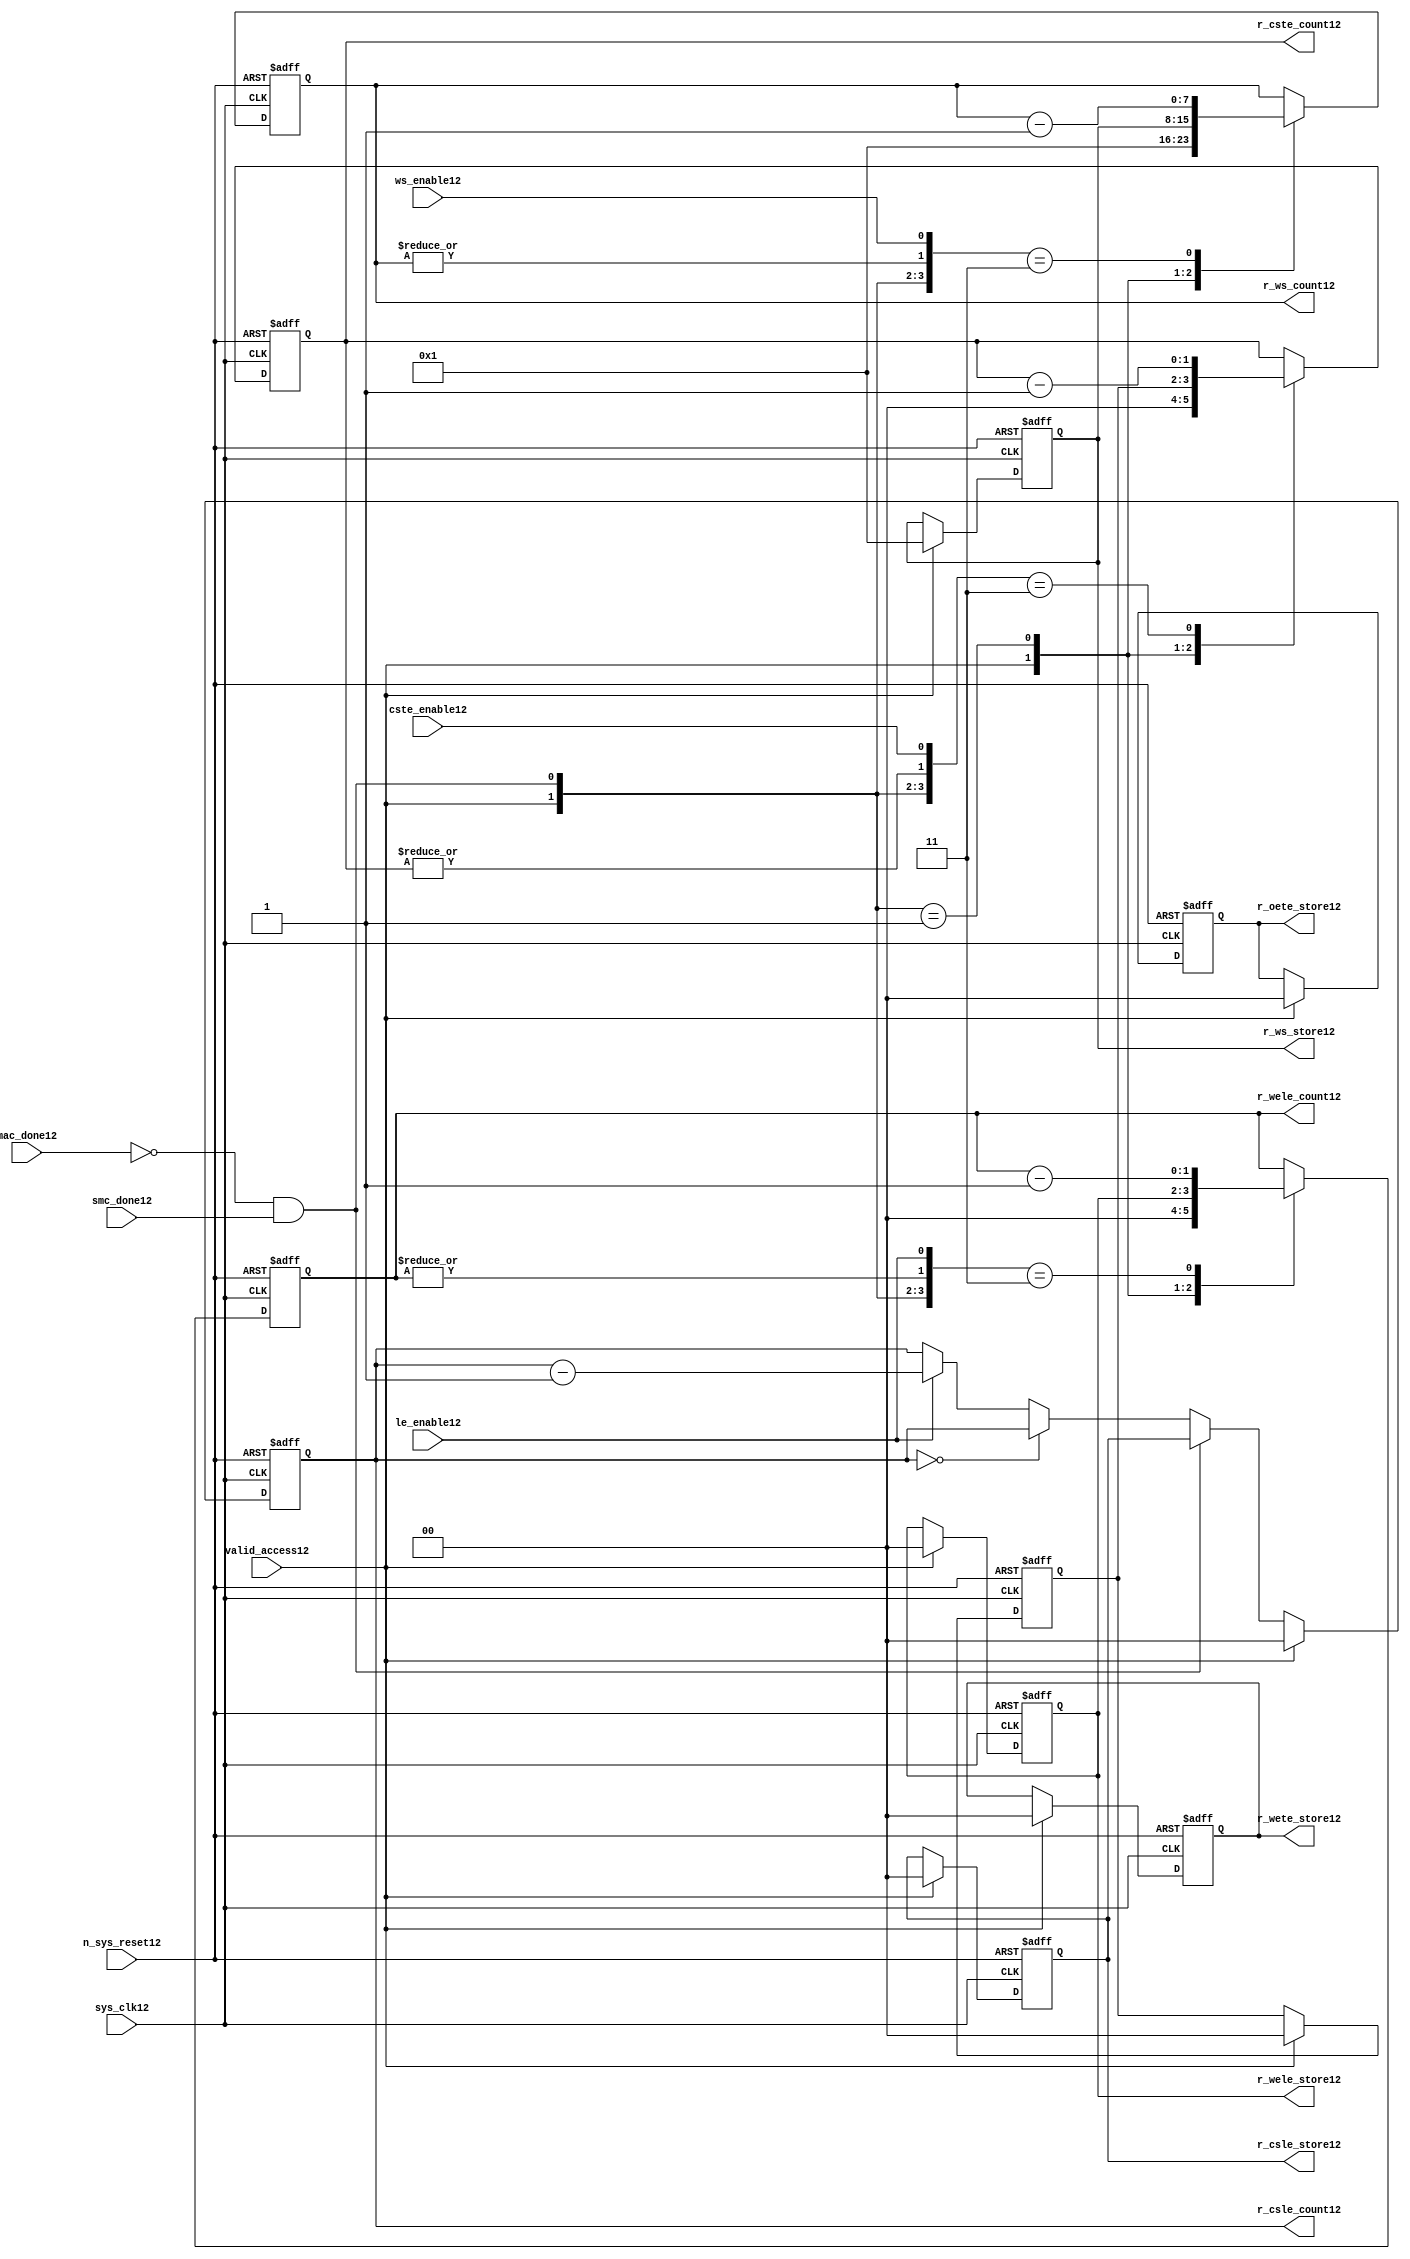
//File12 name   : smc_counter_lite12.v
//Title12       : 
//Created12     : 1999
//Description12 : Counter12 block.
//            : Static12 Memory Controller12.
//            : The counter block provides12 generates12 all cycle timings12
//            : The leading12 edge counts12 are individual12 2bit, loadable12,
//            : counters12. The wait state counter is a count down
//            : counter with a maximum size of 5 bits. The trailing12
//            : edge counts12 are registered for comparison12 with the
//            : wait state counter. The bus float12 (CSTE12) is a
//            : separate12 2bit counter. The initial count values are
//            : stored12 and reloaded12 into the counters12 if multiple
//            : accesses are required12.
//Notes12       : 
//----------------------------------------------------------------------
//   Copyright12 1999-2010 Cadence12 Design12 Systems12, Inc12.
//   All Rights12 Reserved12 Worldwide12
//
//   Licensed12 under the Apache12 License12, Version12 2.0 (the
//   "License12"); you may not use this file except12 in
//   compliance12 with the License12.  You may obtain12 a copy of
//   the License12 at
//
//       http12://www12.apache12.org12/licenses12/LICENSE12-2.0
//
//   Unless12 required12 by applicable12 law12 or agreed12 to in
//   writing, software12 distributed12 under the License12 is
//   distributed12 on an "AS12 IS12" BASIS12, WITHOUT12 WARRANTIES12 OR12
//   CONDITIONS12 OF12 ANY12 KIND12, either12 express12 or implied12.  See
//   the License12 for the specific12 language12 governing12
//   permissions12 and limitations12 under the License12.
//----------------------------------------------------------------------


module smc_counter_lite12  (
                     //inputs12

                     sys_clk12,
                     n_sys_reset12,
                     valid_access12,
                     mac_done12, 
                     smc_done12, 
                     cste_enable12, 
                     ws_enable12,
                     le_enable12, 

                     //outputs12

                     r_csle_count12,
                     r_wele_count12,
                     r_ws_count12,
                     r_ws_store12,
                     r_oete_store12,
                     r_wete_store12,
                     r_wele_store12,
                     r_cste_count12,
                     r_csle_store12);
   

//----------------------------------------------------------------------
// the Wait12 State12 Counter12
//----------------------------------------------------------------------
   
   
   // I12/O12
   
   input     sys_clk12;                  // AHB12 System12 clock12
   input     n_sys_reset12;              // AHB12 System12 reset (Active12 LOW12)
   
   input     valid_access12;             // load12 values are valid if high12
   input     mac_done12;                 // All cycles12 in a multiple access

   //  completed
   
   input                 smc_done12;   // one access completed
   input                 cste_enable12;// Enable12 CS12 Trailing12 Edge12 counter
   input                 ws_enable12;  // Enable12 Wait12 State12 counter
   input                 le_enable12;  // Enable12 all Leading12 Edge12 counters12
   
   // Counter12 outputs12
   
   output [1:0]             r_csle_count12;  //chip12 select12 leading12
                                             //  edge count
   output [1:0]             r_wele_count12;  //write strobe12 leading12 
                                             // edge count
   output [7:0] r_ws_count12;    //wait state count
   output [1:0]             r_cste_count12;  //chip12 select12 trailing12 
                                             // edge count
   
   // Stored12 counts12 for MAC12
   
   output [1:0]             r_oete_store12;  //read strobe12
   output [1:0]             r_wete_store12;  //write strobe12 trailing12 
                                              // edge store12
   output [7:0] r_ws_store12;    //wait state store12
   output [1:0]             r_wele_store12;  //write strobe12 leading12
                                             //  edge store12
   output [1:0]             r_csle_store12;  //chip12 select12  leading12
                                             //  edge store12
   
   
   // Counters12
   
   reg [1:0]             r_csle_count12;  // Chip12 select12 LE12 counter
   reg [1:0]             r_wele_count12;  // Write counter
   reg [7:0] r_ws_count12;    // Wait12 state select12 counter
   reg [1:0]             r_cste_count12;  // Chip12 select12 TE12 counter
   
   
   // These12 strobes12 finish early12 so no counter is required12. 
   // The stored12 value is compared with WS12 counter to determine12 
   // when the strobe12 should end.

   reg [1:0]    r_wete_store12;    // Write strobe12 TE12 end time before CS12
   reg [1:0]    r_oete_store12;    // Read strobe12 TE12 end time before CS12
   
   
   // The following12 four12 regisrers12 are used to store12 the configuration
   // during mulitple12 accesses. The counters12 are reloaded12 from these12
   // registers before each cycle.
   
   reg [1:0]             r_csle_store12;    // Chip12 select12 LE12 store12
   reg [1:0]             r_wele_store12;    // Write strobe12 LE12 store12
   reg [7:0] r_ws_store12;      // Wait12 state store12
   reg [1:0]             r_cste_store12;    // Chip12 Select12 TE12 delay
                                          //  (Bus12 float12 time)

   // wires12 used for meeting12 coding12 standards12
   
   wire         ws_count12;      //ORed12 r_ws_count12
   wire         wele_count12;    //ORed12 r_wele_count12
   wire         cste_count12;    //ORed12 r_cste_count12
   wire         mac_smc_done12;  //ANDed12 smc_done12 and not(mac_done12)
   wire [4:0]   case_cste12;     //concatenated12 signals12 for case statement12
   wire [4:0]   case_wele12;     //concatenated12 signals12 for case statement12
   wire [4:0]   case_ws12;       //concatenated12 signals12 for case statement12
   
   
   
   // Main12 Code12
   
//----------------------------------------------------------------------
// Counters12 (& Count12 Store12 for MAC12)
//----------------------------------------------------------------------


//----------------------------------------------------------------------
// WETE12 Store12
//----------------------------------------------------------------------

always @(posedge sys_clk12 or negedge n_sys_reset12)

begin   

   if (~(n_sys_reset12))
     
      r_wete_store12 <= 2'b00;
   
   
   else if (valid_access12)
     
      r_wete_store12 <= 2'b0;
   
   else
     
      r_wete_store12 <= r_wete_store12;

end
   
//----------------------------------------------------------------------
// OETE12 Store12
//----------------------------------------------------------------------

always @(posedge sys_clk12 or negedge n_sys_reset12)

begin   

   if (~(n_sys_reset12))
     
      r_oete_store12 <= 2'b00;
   
   
   else if (valid_access12)
     
      r_oete_store12 <= 2'b0;
   
   else

      r_oete_store12 <= r_oete_store12;

end
   
//----------------------------------------------------------------------
// CSLE12 Store12
//----------------------------------------------------------------------

always @(posedge sys_clk12 or negedge n_sys_reset12)

begin   

   if (~(n_sys_reset12))
     
      r_csle_store12 <= 2'b00;
   
   
   else if (valid_access12)
     
      r_csle_store12 <= 2'b00;
   
   else
     
      r_csle_store12 <= r_csle_store12;

end
   
//----------------------------------------------------------------------
// CSLE12 Counter12
//----------------------------------------------------------------------

always @(posedge sys_clk12 or negedge n_sys_reset12)

begin   

   if (~(n_sys_reset12))
     
      r_csle_count12 <= 2'b00;
   
   
   else
   begin
        
      if (valid_access12)
        
         r_csle_count12 <= 2'b00;
      
      else if (~(mac_done12) & smc_done12)
        
         r_csle_count12 <= r_csle_store12;
      
      else if (r_csle_count12 == 2'b00)
        
         r_csle_count12 <= r_csle_count12;
      
      else if (le_enable12)               
        
         r_csle_count12 <= r_csle_count12 - 2'd1;
      
      else
        
          r_csle_count12 <= r_csle_count12;
      
     end

end
   
   
//----------------------------------------------------------------------
// CSTE12 Store12
//----------------------------------------------------------------------

always @(posedge sys_clk12 or negedge n_sys_reset12)

begin   

   if (~(n_sys_reset12))

      r_cste_store12 <= 2'b00;

   else if (valid_access12)

      r_cste_store12 <= 2'b0;

   else

      r_cste_store12 <= r_cste_store12;

end
   
   
   
//----------------------------------------------------------------------
//concatenation12 of signals12 to avoid using nested12 ifs12
//----------------------------------------------------------------------

 assign mac_smc_done12 = (~(mac_done12) & smc_done12);
 assign cste_count12   = (|r_cste_count12);           //checks12 for count = 0
 assign case_cste12   = {1'b0,valid_access12,mac_smc_done12,cste_count12,
                       cste_enable12};
   
//----------------------------------------------------------------------
//CSTE12 COUNTER12
//----------------------------------------------------------------------

always @(posedge sys_clk12 or negedge n_sys_reset12)

begin   

   if (~(n_sys_reset12))

      r_cste_count12 <= 2'b00;

   else 
   begin
      casex(case_cste12)
           
        5'b1xxxx:        r_cste_count12 <= r_cste_count12;

        5'b01xxx:        r_cste_count12 <= 2'b0;

        5'b001xx:        r_cste_count12 <= r_cste_store12;

        5'b0000x:        r_cste_count12 <= r_cste_count12;

        5'b00011:        r_cste_count12 <= r_cste_count12 - 2'd1;

        default :        r_cste_count12 <= r_cste_count12;

      endcase // casex(w_cste_case12)
      
   end
   
end

//----------------------------------------------------------------------
// WELE12 Store12
//----------------------------------------------------------------------

always @(posedge sys_clk12 or negedge n_sys_reset12)

begin   

   if (~(n_sys_reset12))

      r_wele_store12 <= 2'b00;


   else if (valid_access12)

      r_wele_store12 <= 2'b00;

   else

      r_wele_store12 <= r_wele_store12;

end
   
   
   
//----------------------------------------------------------------------
//concatenation12 of signals12 to avoid using nested12 ifs12
//----------------------------------------------------------------------
   
   assign wele_count12   = (|r_wele_count12);         //checks12 for count = 0
   assign case_wele12   = {1'b0,valid_access12,mac_smc_done12,wele_count12,
                         le_enable12};
   
//----------------------------------------------------------------------
// WELE12 Counter12
//----------------------------------------------------------------------

always @(posedge sys_clk12 or negedge n_sys_reset12)

begin   
   if (~(n_sys_reset12))

      r_wele_count12 <= 2'b00;

   else
   begin

      casex(case_wele12)

        5'b1xxxx :  r_wele_count12 <= r_wele_count12;

        5'b01xxx :  r_wele_count12 <= 2'b00;

        5'b001xx :  r_wele_count12 <= r_wele_store12;

        5'b0000x :  r_wele_count12 <= r_wele_count12;

        5'b00011 :  r_wele_count12 <= r_wele_count12 - (2'd1);

        default  :  r_wele_count12 <= r_wele_count12;

      endcase // casex(case_wele12)

   end

end
   
//----------------------------------------------------------------------
// WS12 Store12
//----------------------------------------------------------------------

always @(posedge sys_clk12 or negedge n_sys_reset12)
  
begin   

   if (~(n_sys_reset12))

      r_ws_store12 <= 8'd0;


   else if (valid_access12)

      r_ws_store12 <= 8'h01;

   else

      r_ws_store12 <= r_ws_store12;

end
   
   
   
//----------------------------------------------------------------------
//concatenation12 of signals12 to avoid using nested12 ifs12
//----------------------------------------------------------------------
   
   assign ws_count12   = (|r_ws_count12); //checks12 for count = 0
   assign case_ws12   = {1'b0,valid_access12,mac_smc_done12,ws_count12,
                       ws_enable12};
   
//----------------------------------------------------------------------
// WS12 Counter12
//----------------------------------------------------------------------

always @(posedge sys_clk12 or negedge n_sys_reset12)

begin   

   if (~(n_sys_reset12))

      r_ws_count12 <= 8'd0;

   else  
   begin
   
      casex(case_ws12)
 
         5'b1xxxx :  
            r_ws_count12 <= r_ws_count12;
        
         5'b01xxx :
            r_ws_count12 <= 8'h01;
        
         5'b001xx :  
            r_ws_count12 <= r_ws_store12;
        
         5'b0000x :  
            r_ws_count12 <= r_ws_count12;
        
         5'b00011 :  
            r_ws_count12 <= r_ws_count12 - 8'd1;
        
         default  :  
            r_ws_count12 <= r_ws_count12;

      endcase // casex(case_ws12)
      
   end
   
end  
   
   
endmodule